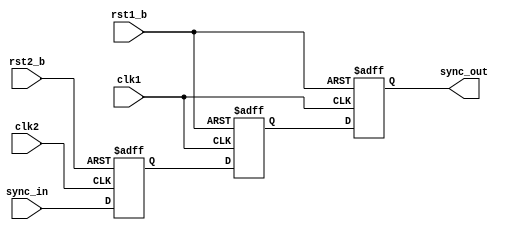
module cr_had_sync_level(
  clk1,
  clk2,
  rst1_b,
  rst2_b,
  sync_in,
  sync_out
);

// &Ports; @25
input        clk1;         
input        clk2;         
input        rst1_b;       
input        rst2_b;       
input        sync_in;      
output       sync_out;     

// &Regs; @26
reg          sync_ff1_clk1; 
reg          sync_ff2_clk1; 
reg          sync_ff_clk2; 

// &Wires; @27
wire         clk1;         
wire         clk2;         
wire         rst1_b;       
wire         rst2_b;       
wire         sync_in;      
wire         sync_out;     


//==============================================================================
// sync logic from clk2 to clk1
// step 1. flop once in clk2 domain
// step 2. flop twice in clk1 domain
// constraint: slow clock --> fast clock
//==============================================================================

always @(posedge clk2 or negedge rst2_b)
begin
  if (!rst2_b)
    sync_ff_clk2 <= 1'b0;
  else
    sync_ff_clk2 <= sync_in;
end

always @(posedge clk1 or negedge rst1_b)
begin
  if (!rst1_b) begin
    sync_ff1_clk1 <= 1'b0;
    sync_ff2_clk1 <= 1'b0;
  end
  else begin
    sync_ff1_clk1 <= sync_ff_clk2;
    sync_ff2_clk1 <= sync_ff1_clk1;
  end   
end

assign sync_out = sync_ff2_clk1;

// &ModuleEnd; @58
endmodule